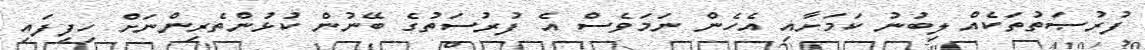
ފުރުޞަތުތަކެއް ލިބުުނު ކަމަށާއި އެހެން ނަމަވެސް އެ ފުރުސަތުގެ ބޭނުން ކުޅުންތެރިންނަށް ހިފިފައި